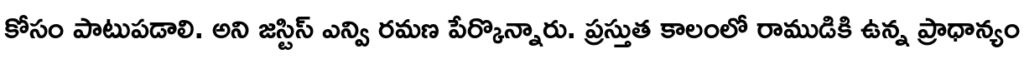
కోసం పాటుపడాలి. అని జస్టిస్ ఎన్వి రమణ పేర్కొన్నారు. ప్రస్తుత కాలంలో రాముడికి ఉన్న ప్రాధాన్యం